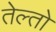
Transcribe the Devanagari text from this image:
तेल्तो